Annual statistical returns and brief notes on vaccination in Bengal - 1896-1909
Year: 1896
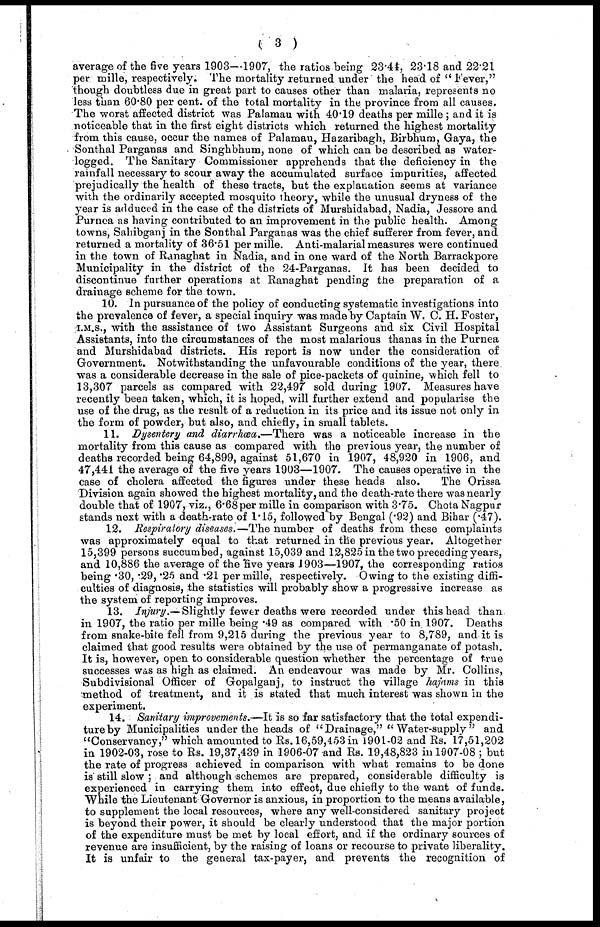
( 3 )
average of the five years 1903—1907, the ratios being 23.44, 23.18 and 22.21
per mille, respectively. The mortality returned under the head of " Fever,"
though doubtless due in great part to causes other than malaria, represents no
less than 60.80 per cent. of the total mortality in the province from all causes.
The worst affected district was Palamau with 40.19 deaths per mille; and it is
noticeable that in the first eight districts which returned the highest mortality
from this cause, occur the names of Palamau, Hazaribagh, Birbhum, Gaya, the
Sonthal Parganas and Singhbhum, none of which can be described as water-
logged. The Sanitary Commissioner apprehends that the deficiency in the
rainfall necessary to scour away the accumulated surface impurities, affected
prejudically the health of these tracts, but the explanation seems at variance
with the ordinarily accepted mosquito theory, while the unusual dryness of the
year is adduced in the case of the districts of Murshidabad, Nadia, Jessore and
Purnea as having contributed to an improvement in the public health. Among
towns, Sahibganj in the Sonthal Parganas was the chief sufferer from fever, and
returned a mortality of 36.51 per mille. Anti-malarial measures were continued
in the town of Ranaghat in Nadia, and in one ward of the North Barrackpore
Municipality in the district of the 24-Parganas. It has been decided to
discontinue further operations at Ranaghat pending the preparation of a
drainage scheme for the town.
10. In pursuance of the policy of conducting systematic investigations into
the prevalence of fever, a special inquiry was made by Captain W. C. H. Foster,
I.M.S., with the assistance of two Assistant Surgeons and six Civil Hospital
Assistants, into the circumstances of the most malarious thanas in the Purnea
and Murshidabad districts. His report is now under the consideration of
Government. Notwithstanding the unfavourable conditions of the year, there
was a considerable decrease in the sale of pice-packets of quinine, which fell to
13,307 parcels as compared with 22,497 sold during 1907. Measures have
recently been taken, which, it is hoped, will further extend and popularise the
use of the drug, as the result of a reduction in its price and its issue not only in
the form of powder, but also, and chiefly, in small tablets.
11. Dysentery and diarrhœa.—There was a noticeable increase in the
mortality from this cause as compared with the previous year, the number of
deaths recorded being 64,899, against 51,670 in 1907, 48,920 in 1906, and
47,441 the average of the five years 1903—1907. The causes operative in the
case of cholera affected the figures under these heads also.
The Orissa
Division again showed the highest mortality, and the death-rate there was nearly
double that of 1907, viz., 6.68per mille in comparison with 3.75. Chota Nagpur
stands next with a death-rate of 1.15, followed by Bengal (.92) and Bihar (.47).
12. Respiratory diseases.—The number of deaths from these complaints
was approximately equal to that returned in the previous year. Altogether
15,399 persons succumbed, against 15,039 and 12,825 in the two preceding years,
and 10,886 the average of the five years 1903—1907, the corresponding ratios
being .30, .29, .25 and .21 per mille, respectively. Owing to the existing diffi-
culties of diagnosis, the statistics will probably show a progressive increase as
the system of reporting improves.
13. Injury.—Slightly fewer deaths were recorded under this head than.
in 1907, the ratio per mille being .49 as compared with .50 in 1907. Deaths
from snake-bite fell from 9,215 during the previous year to 8,789, and it is
claimed that good results were obtained by the use of permanganate of potash.
It is, however, open to considerable question whether the percentage of true
successes was as high as claimed. An endeavour was made by Mr. Collins,
Subdivisional Officer of Gopalganj, to instruct the village hajams in this
method of treatment, and it is stated that much interest was shown in the
experiment.
14. Sanitary improvements.—It is so far satisfactory that the total expendi-
ture by Municipalities under the heads of "Drainage," "Water-supply" and
"Conservancy," which amounted to Rs. 16,59,453 in 1901-02 and Rs. 17,51,202
in 1902-03, rose to Rs. 19,37,439 in 1906-07 and Rs. 19,48,823 in 1907-08 ; but
the rate of progress achieved in comparison with what remains to be done
is' still slow ; and although schemes are prepared, considerable difficulty is
experienced in carrying them into effect, due chiefly to the want of funds.
While the Lieutenant Governor is anxious, in proportion to the means available,
to supplement the local resources, where any well-considered sanitary project
is beyond their power, it should be clearly understood that the major portion
of the expenditure must be met by local effort, and if the ordinary sources of
revenue are insufficient, by the raising of loans or recourse to private liberality.
It is unfair to the general tax-payer, and prevents the recognition of